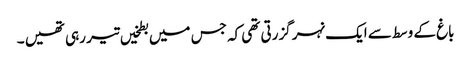
باغ کے وسط سے ایک نہر گزرتی تھی کہ جس میں بطخیں تیر رہی تھیں ۔